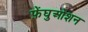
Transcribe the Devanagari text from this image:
फ़ेंघुओशन